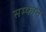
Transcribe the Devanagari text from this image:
सम्फान